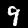
Digit: 9